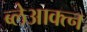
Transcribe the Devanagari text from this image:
ब्लेआक्त्न